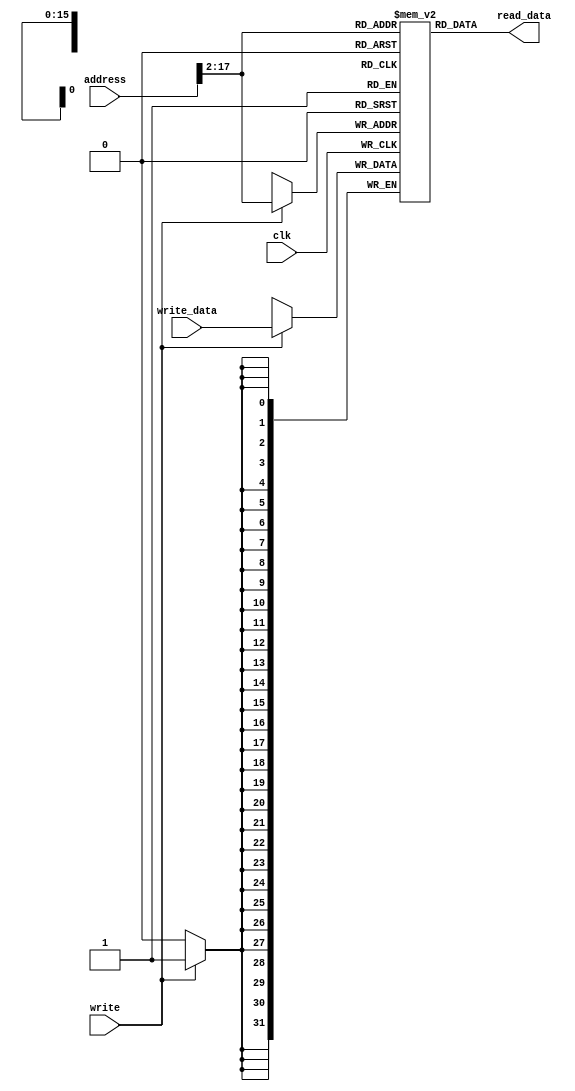

`timescale 1ns/10ps

//==============================================================================

module async_mem(
   input clk,
   input write,
   input [31:0] address,
   input [31:0] write_data,
   output [31:0] read_data
);

	reg [31:0] mem_data [0:(1<<16)-1];

// assign #7 read_data = mem_data[ address[17:2] ];  // address to read data delay of 7ns
   assign    read_data = mem_data[ address[17:2] ];  // zero delay, address to read data

   always @( posedge clk )
      if ( write )
         mem_data[ address[17:2] ] <= write_data;

endmodule



//==============================================================================
//`define DEBUG	// comment this line to disable register content writing below
//==============================================================================

module reg_file(
	input  clk,
	input  write,
	input  [ 4:0] WR,
	input  [31:0] WD,
	input  [ 4:0] RR1,
	input  [ 4:0] RR2,
	output [31:0] RD1,
	output [31:0] RD2
	);

	reg [31:0] reg_data [0:31];

	assign RD1 = reg_data[RR1];
	assign RD2 = reg_data[RR2];

// Data Forwarding in Register File for future use
//	assign RD1 = (RR1 == WR && write && RR1) ? WD : reg_data[RR1];
//	assign RD2 = (RR2 == WR && write && RR2) ? WD : reg_data[RR2];
	
	always @(posedge clk) begin
		if(write) begin
			reg_data[WR] <= WD;

			`ifdef DEBUG
			if(WR)
				$display("$%0d = %x", WR, WD);
			`endif
		end
		reg_data[0] <= 32'h00000000;
	end

endmodule